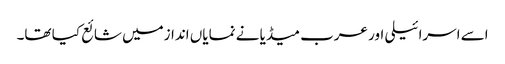
اسے اسرائیلی اور عرب میڈیا نے نمایاں اندازمیں شائع کیا تھا۔